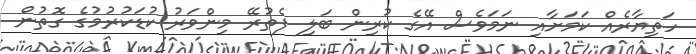
ހަތިޔާރެއް ކަމަށާއި ނަމަވެސް އޭގެ ކުރިން ބަލި ފެތުރޭ މިންވަރު ކުޑަކުރުމުގެ ގޮތުން